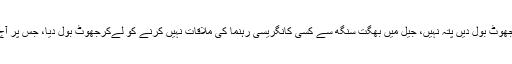
وزیر اعظم بھی کب جھوٹ بول دیں پتہ نہیں، جیل میں بھگت سنگھ سے کسی کانگریسی رہنما کی ملاقات نہیں کرنے کو لےکرجھوٹ بول دیا، جس پر آج تک صفائی نہیں دی۔